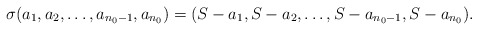
\begin{align*}\sigma(a_1,a_2,\ldots,a_{n_0 -1},a_{n_0}) &= (S- a_1,S- a_2,\ldots,S- a_{n_0 -1},S- a_{n_0}).\end{align*}